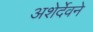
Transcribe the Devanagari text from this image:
अशेर्देवने